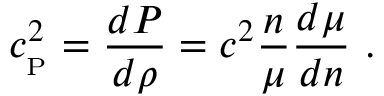
c _ { _ \mathrm { P } } ^ { 2 } = { \frac { d P } { d \rho } } = c ^ { 2 } { \frac { n } { \mu } } { \frac { d \mu } { d n } } \ .